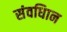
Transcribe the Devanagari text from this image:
संवधिान